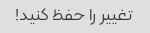
تغییر را حفظ کنید!